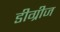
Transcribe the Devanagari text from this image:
डीग्रीज